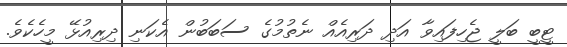
ޓީބީ ބަލީ ޖެހިފައިވާ އަދި ދަރިއެއް ނެތުމުގެ ސަބަބުން އެކަނި ދިރިއުޅޭ މީހެކެވެ.